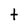
Character: t